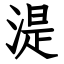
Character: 湜